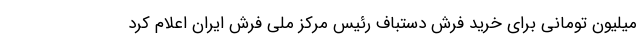
میلیون تومانی برای خرید فرش دستباف رئیس مرکز ملی فرش ایران اعلام کرد